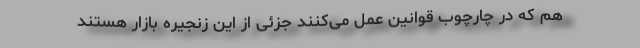
هم که در چارچوب قوانین عمل می‌کنند جزئی از این زنجیره بازار هستند